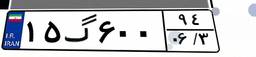
۱۵گ۶۰۰۹۴